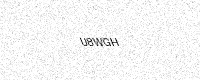
Text: U8WGH